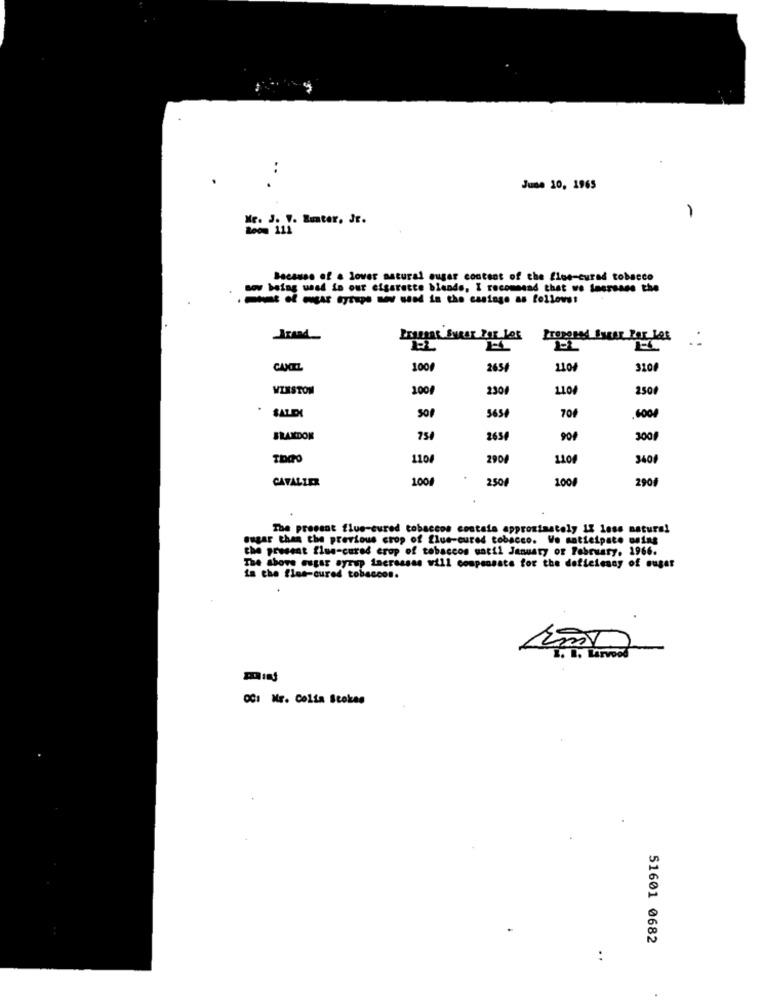
..
June 10, 1965
. J. V. Runter, JE.
Because of a lover natural ouger content of the flue-curad tobacco
now being used in our cigarette blends, I recommend that we inersans the
DEALLER SURAT POE JOS
EL
CANCEL
100
2659
2100
3101
WINSTON
100
230
1101
2500
501
565
704
.6004
BRANDON
75/
263
90
3001
110
290
110
3401
CAVALIER
100
250
100
2901
The present flue-cured tobaccos costata approximately 13 loss natura!
sugar than the previous crop of flue-cured tobacco. Vo matieipate using
the present flue-cured crop of tobaccos until January or February, 1966.
The above sugar syrup increases will compensate for the deficiency of sugar
in the flue-cured tobaccos.
001 Nr. Colta Stokes
51601 0682
..